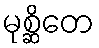
မုစ္ဆိတေ